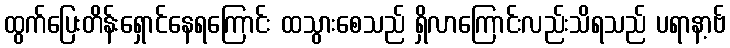
ထွက်ပြေးတိန်းရှောင်နေရကြောင်း ထသွားစေသည် ရှိလာကြောင်းလည်းသိရသည် ပရာနာ့ဗ်